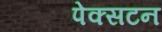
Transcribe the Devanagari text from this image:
पेक्‍सटन